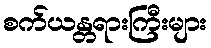
စက်ယန္တရားကြီးများ